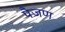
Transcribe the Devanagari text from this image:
पैजण